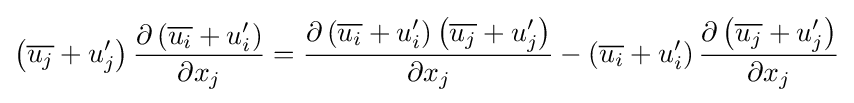
\left({\overline {u_{j}}}+u_{j}'\right){\frac {\partial \left({\overline {u_{i}}}+u_{i}'\right)}{\partial x_{j}}}={\frac {\partial \left({\overline {u_{i}}}+u_{i}'\right)\left({\overline {u_{j}}}+u_{j}'\right)}{\partial x_{j}}}-\left({\overline {u_{i}}}+u_{i}'\right){\frac {\partial \left({\overline {u_{j}}}+u_{j}'\right)}{\partial x_{j}}}